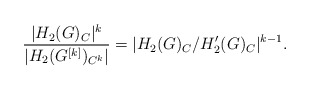
\begin{align*} \frac{|H_2(G)_C|^k}{|H_2(G^{[k]})_{C^k}|} = |H_2(G)_C/H_2'(G)_C|^{k-1}.\end{align*}